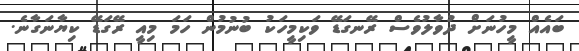
ބައެއް މީހުނަށް ދުވާލުވެސް ރޭނގަޑޭ ވަކިމީހަކު ބުނުމުން ހަމަ މިއީ ރޭގަޑޭ ކިޔާނަގާނެ.